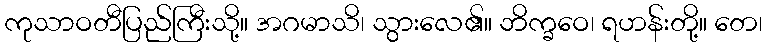
ကုသာဝတီပြည်ကြီးသို့။ အဂမာသိ၊ သွားလေ၏။ ဘိက္ခဝေ၊ ရဟန်းတို့။ တေ၊